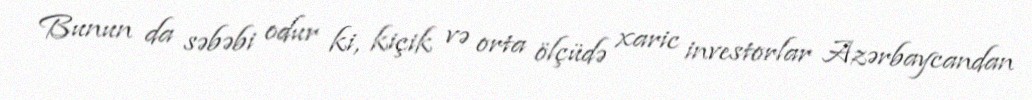
Bunun da səbəbi odur ki, kiçik və orta ölçüdə xaric investorlar Azərbaycandan